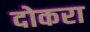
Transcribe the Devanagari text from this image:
दोकरा